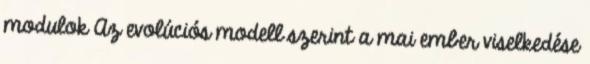
modulok Az evolúciós modell szerint a mai ember viselkedése